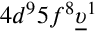
4 d ^ { 9 } 5 f ^ { 8 } \underline { { \upsilon } } ^ { 1 }